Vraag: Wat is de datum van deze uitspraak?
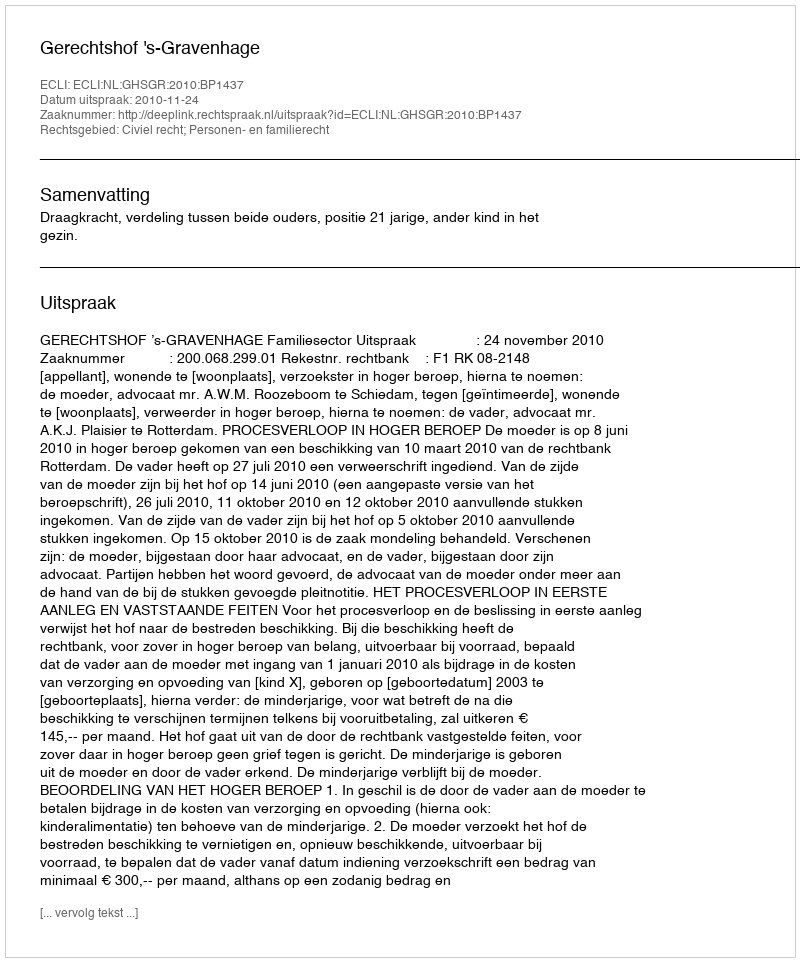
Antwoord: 2010-11-24